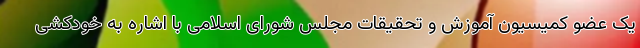
یک عضو کمیسیون آموزش و تحقیقات مجلس شورای اسلامی با اشاره به خودکشی